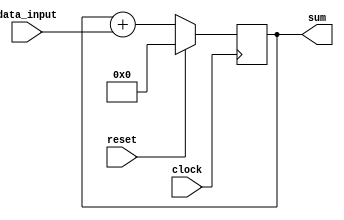
module accumulator (
    input signed [7:0] data_input,
    input clock,
    input reset,
    output signed [15:0] sum
);

reg signed [15:0] sum_reg;

always @(posedge clock) begin
    if (reset) begin
        sum_reg <= 16'd0;
    end else begin
        sum_reg <= sum_reg + data_input;
    end
end

assign sum = sum_reg;

endmodule